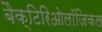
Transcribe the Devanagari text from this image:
बैक्टिरिओलॉजिकल